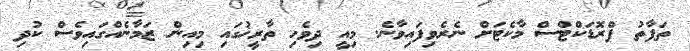
ތަފާތު ޕްރޮޑަކްޓްސް މާކެޓަށް ނެރެވިފައިވާނެ. މިއީ ދިވެހި ތާރީޚުގައި މިއިން ޒަމާނެއްގައިވެސް ކުދި